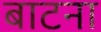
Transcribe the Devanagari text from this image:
बाटना